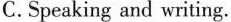
C. Speaking and writing.